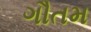
ગૌતમ